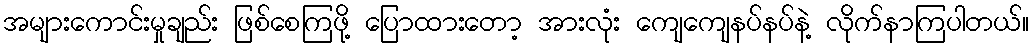
အများကောင်းမှုချည်း ဖြစ်စေကြဖို့ ပြောထားတော့ အားလုံး ကျေကျေနပ်နပ်နဲ့ လိုက်နာကြပါတယ်။